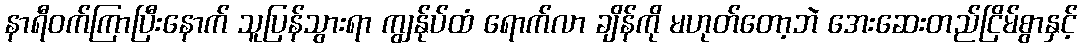
နာရီဝက်ကြာပြီးနောက် သူပြန်သွားရာ ကျွန်ုပ်ထံ ရောက်လာ ချိန်ကို မဟုတ်တော့ဘဲ အေးဆေးတည်ငြိမ်စွာနှင့်